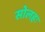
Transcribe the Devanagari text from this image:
सोलहः